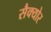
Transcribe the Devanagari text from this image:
सैक्योर